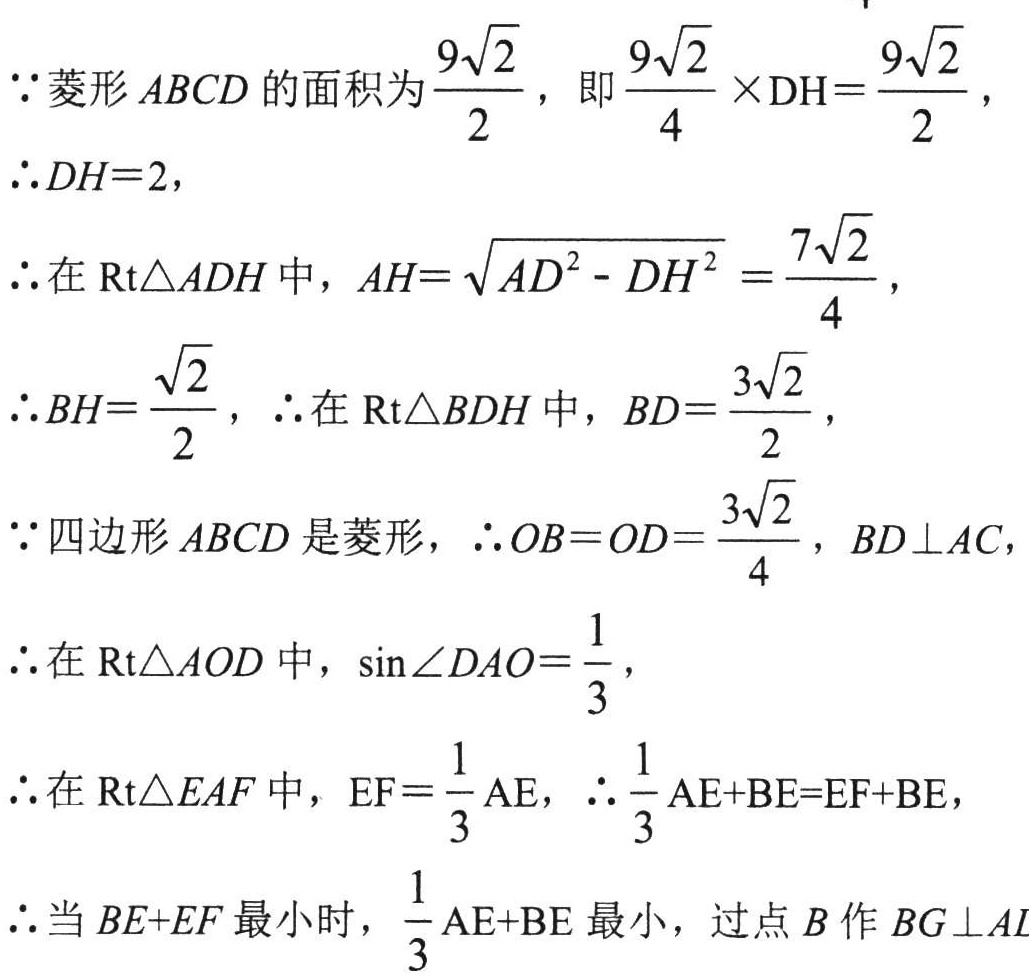
\(\because\)菱形\(ABCD\)的面积为\(\frac{9\sqrt{2}}{2}\)，即\(\frac{9\sqrt{2}}{4}\times\mathrm{DH}=\frac{9\sqrt{2}}{2}\)，
\(\therefore DH = 2\)，
\(\therefore\)在\(\mathrm{Rt}\triangle ADH\)中，\(AH=\sqrt{AD^{2}-DH^{2}}=\frac{7\sqrt{2}}{4}\)，
\(\therefore BH=\frac{\sqrt{2}}{2}\)，\(\therefore\)在\(\mathrm{Rt}\triangle BDH\)中，\(BD=\frac{3\sqrt{2}}{2}\)，
\(\because\)四边形\(ABCD\)是菱形，\(\therefore OB = OD=\frac{3\sqrt{2}}{4}\)，\(BD\perp AC\)，
\(\therefore\)在\(\mathrm{Rt}\triangle AOD\)中，\(\sin\angle DAO=\frac{1}{3}\)，
\(\therefore\)在\(\mathrm{Rt}\triangle EAF\)中，\(\mathrm{EF}=\frac{1}{3}\mathrm{AE}\)，\(\therefore\frac{1}{3}\mathrm{AE}+\mathrm{BE}=\mathrm{EF}+\mathrm{BE}\)，
\(\therefore\)当\(BE + EF\)最小时，\(\frac{1}{3}\mathrm{AE}+\mathrm{BE}\)最小，过点\(B\)作\(BG\perp AL\)